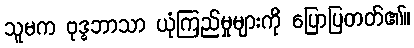
သူမက ဗုဒ္ဓဘာသာ ယုံကြည်မှုများကို ပြောပြတတ်၏။